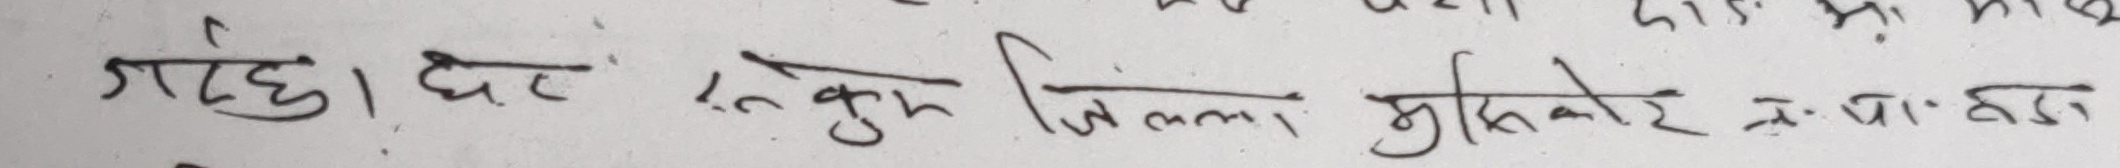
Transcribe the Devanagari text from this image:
गर्दछ। दूर रुक विनमा मुक्तेश्वर वाडा